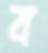
ব